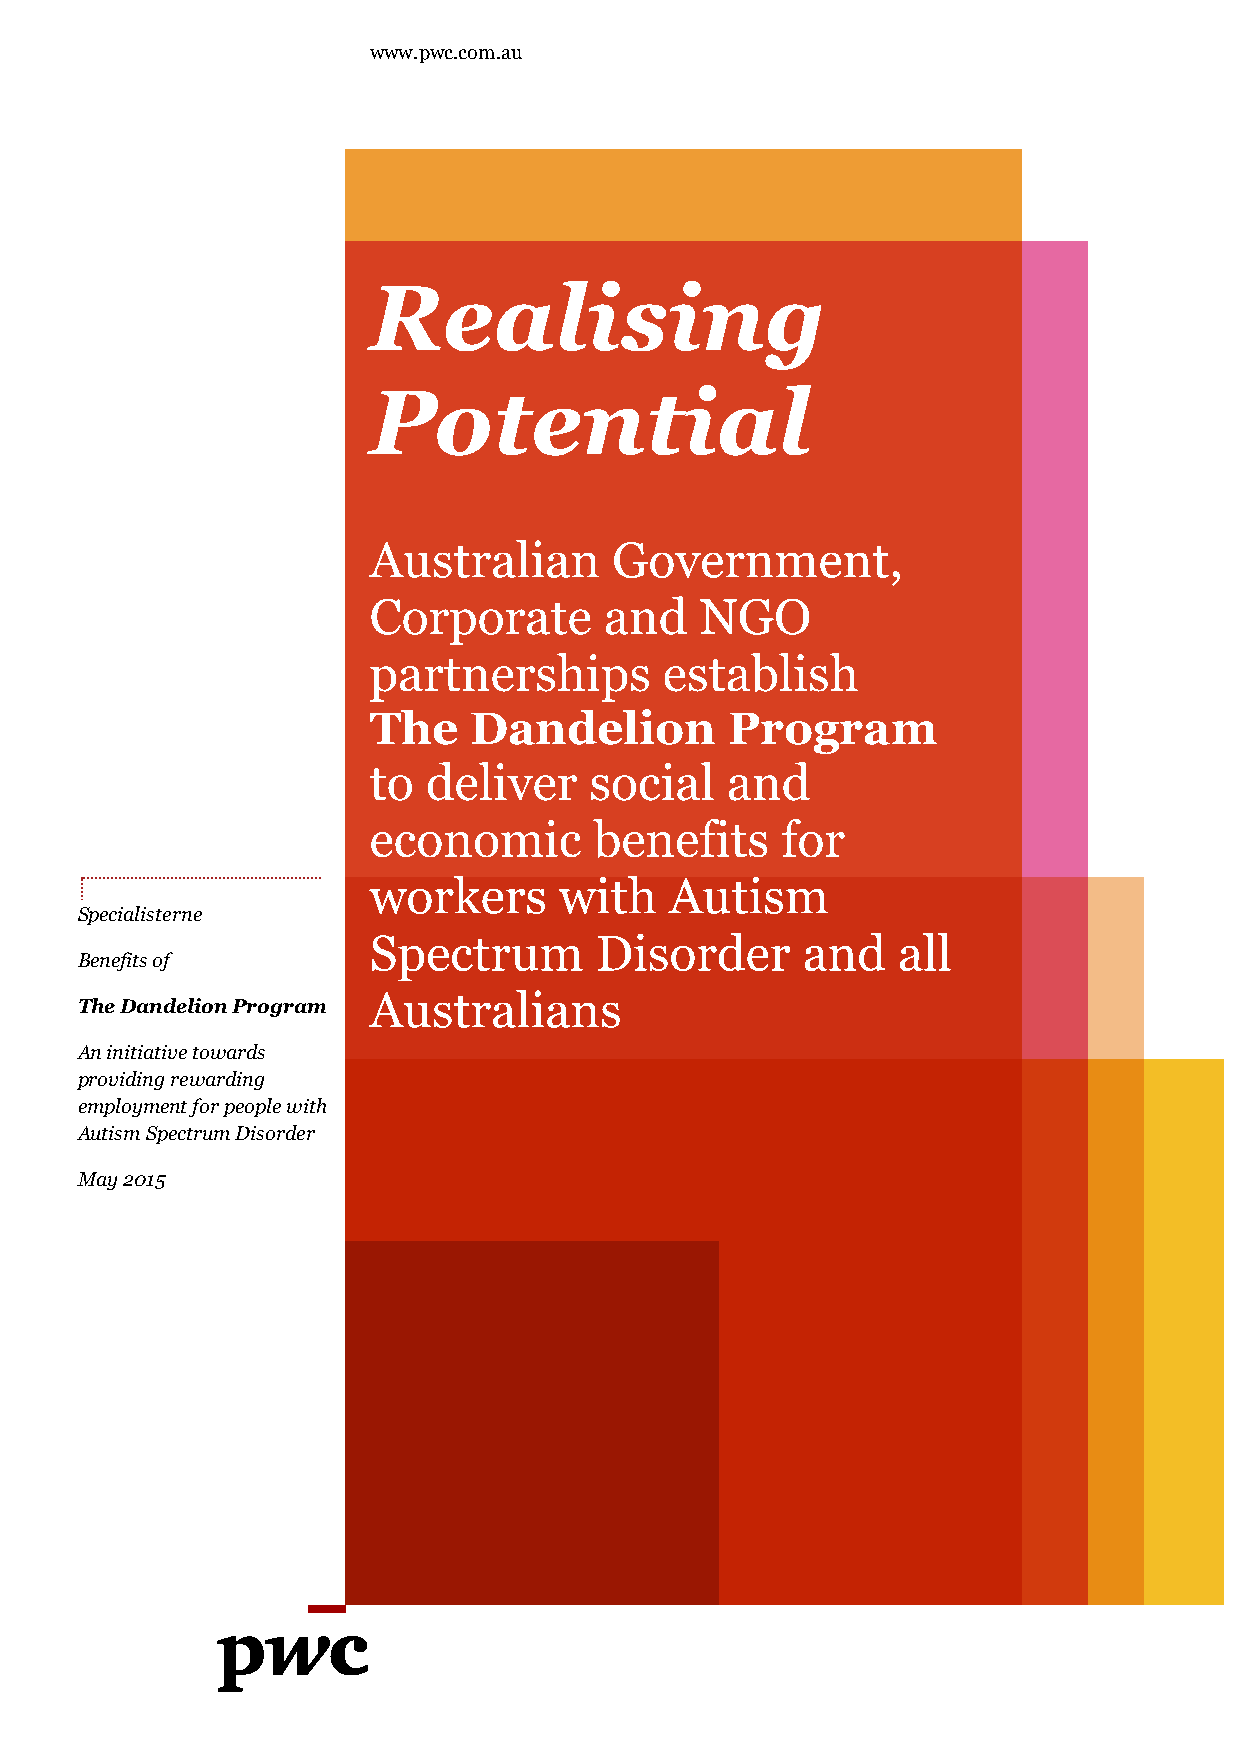
www.pwc.com.au
 Realising
 Potential
 Australian       Government,
 Corporate       and   NGO
 partnerships        establish
 The    Dandelion        Program
 to  deliver    social   and
 economic       benefits     for
 workers      with   Autism
 Specialisterne
 Spectrum       Disorder      and   all
 Benefits of
 Australians
 The Dandelion Program
 An initiative towards
 providing rewarding
 employment for people with
 Autism Spectrum Disorder
 May 2015